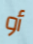
أو